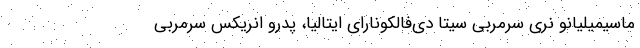
ماسیمیلیانو نری سرمربی سیتا دی‌فالکونارای ایتالیا، پدرو انریکس سرمربی